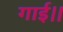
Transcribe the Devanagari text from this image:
गाई।।